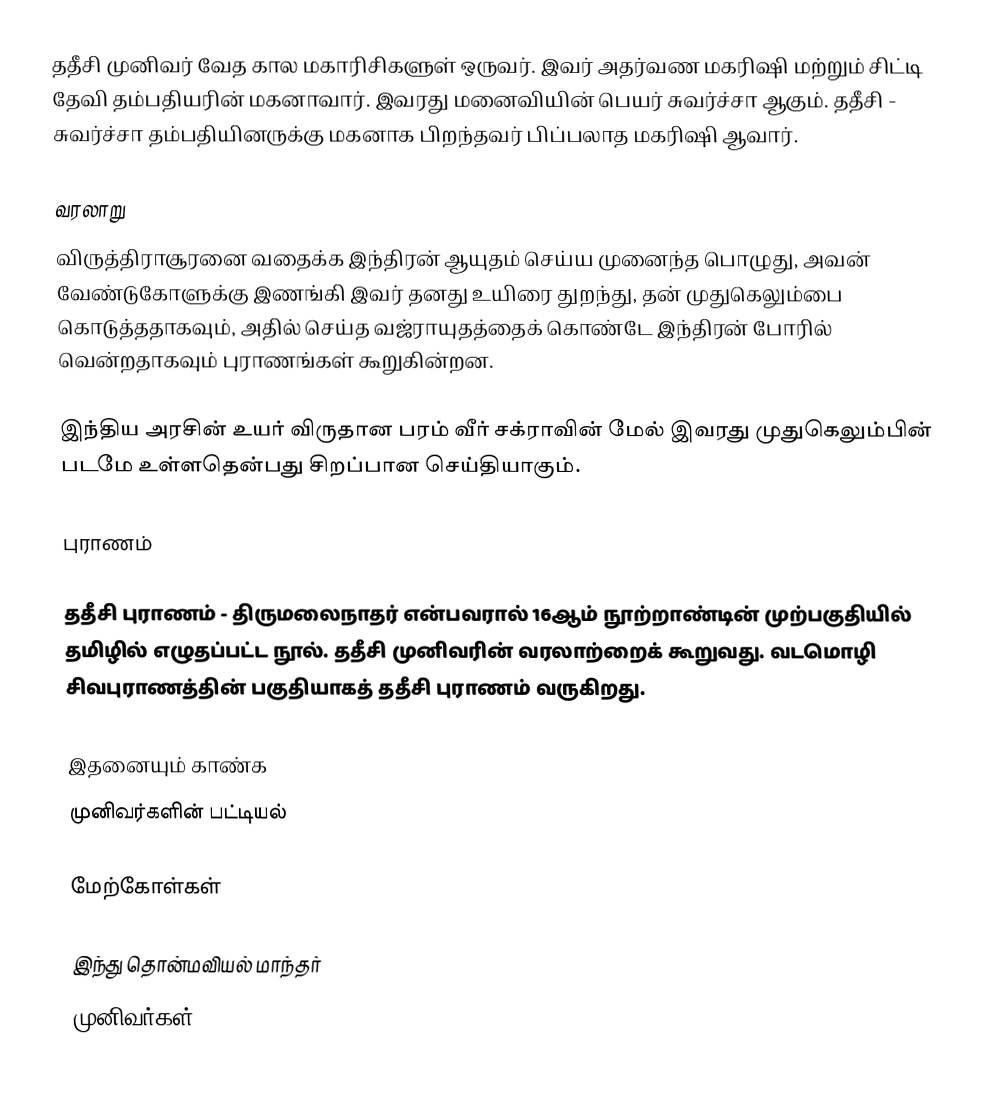
ததீசி முனிவர் வேத கால மகாரிசிகளுள் ஒருவர். இவர் அதர்வண மகரிஷி மற்றும் சிட்டி தேவி தம்பதியரின் மகனாவார். இவரது மனைவியின் பெயர் சுவர்ச்சா ஆகும். ததீசி - சுவர்ச்சா தம்பதியினருக்கு மகனாக பிறந்தவர் பிப்பலாத மகரிஷி ஆவார்.

வரலாறு
விருத்திராசூரனை வதைக்க இந்திரன் ஆயுதம் செய்ய முனைந்த பொழுது, அவன் வேண்டுகோளுக்கு  இணங்கி இவர் தனது உயிரை துறந்து, தன் முதுகெலும்பை கொடுத்ததாகவும், அதில் செய்த வஜ்ராயுதத்தைக் கொண்டே இந்திரன் போரில் வென்றதாகவும் புராணங்கள் கூறுகின்றன.

இந்திய அரசின் உயர் விருதான பரம் வீர் சக்ராவின் மேல் இவரது முதுகெலும்பின் படமே உள்ளதென்பது சிறப்பான செய்தியாகும்.

புராணம்

ததீசி புராணம் - திருமலைநாதர் என்பவரால் 16ஆம் நூற்றாண்டின் முற்பகுதியில் தமிழில் எழுதப்பட்ட நூல். ததீசி முனிவரின் வரலாற்றைக் கூறுவது. வடமொழி சிவபுராணத்தின் பகுதியாகத் ததீசி புராணம் வருகிறது.

இதனையும் காண்க
 முனிவர்களின் பட்டியல்

மேற்கோள்கள்

இந்து தொன்மவியல் மாந்தர்
முனிவர்கள்